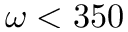
\omega < 3 5 0